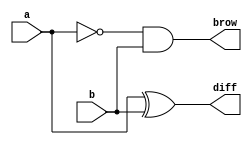
`timescale 1ns / 1ps
//////////////////////////////////////////////////////////////////////////////////
// Company: Self
// 
// Design Name: 
// Module Name: half_sub
// Project Name: 
// Target Devices: 
// Tool Versions: 
// Description: 
// 
// Dependencies: 
// 
// Revision:
// Revision 0.01 - File Created
// Additional Comments:
// 
//////////////////////////////////////////////////////////////////////////////////

module half_sub(a, b, diff, brow);
input a, b;
output diff, brow;

assign diff = a ^ b;

assign brow = (~a) & b;

endmodule